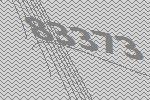
83373